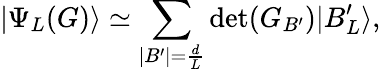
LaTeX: \left|\Psi_{L}(G)\right\rangle\simeq\sum_{|B^{\prime}|=\frac{d}{L}}\textrm{det}(G_{B^{\prime}})|B_{L}^{\prime}\rangle,